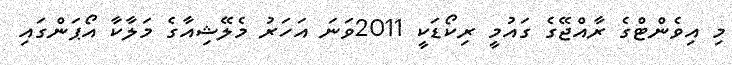
މި އިވެންޓްގެ ރާއްޖޭގެ ގައުމީ ރިކޯޑަކީ 2011ވަނަ އަހަރު މެލޭޝިއާގެ މަލާކާ އޯޕަންގައި